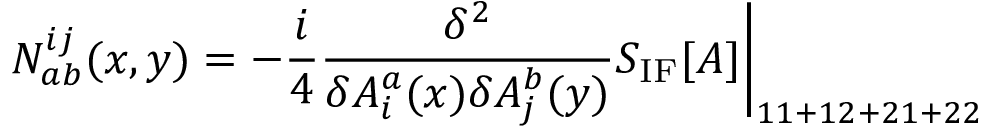
N _ { a b } ^ { i j } ( x , y ) = - { \frac { i } { 4 } } { \frac { \delta ^ { 2 } } { \delta A _ { i } ^ { a } ( x ) \delta A _ { j } ^ { b } ( y ) } } S _ { \mathrm { I F } } [ A ] \bigg | _ { 1 1 + 1 2 + 2 1 + 2 2 }